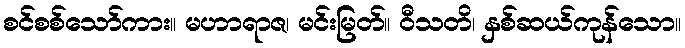
စင်စစ်သော်ကား။ မဟာရာဇ၊ မင်းမြတ်။ ဝီသတိ၊ နှစ်ဆယ်ကုန်သော။